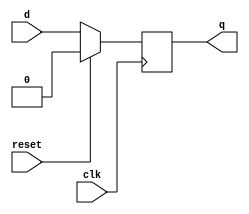
module flipflop(input d, clk, reset, output reg q);
  always@(posedge clk)
    if(reset == 1)
      q <= 0;
    else
      q <= d;
endmodule